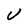
Character: u